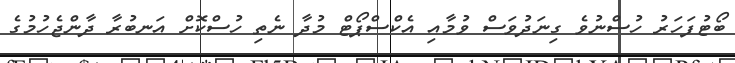
ބޯޓުފަހަރު ހުސްނުވެ ގިނަދުވަސް ވުމާއި އެކްސްޕޯޓް މުދާ ނެތި ހުސްކޮށް އަނބުރާ ދާންޖެހުމުގެ